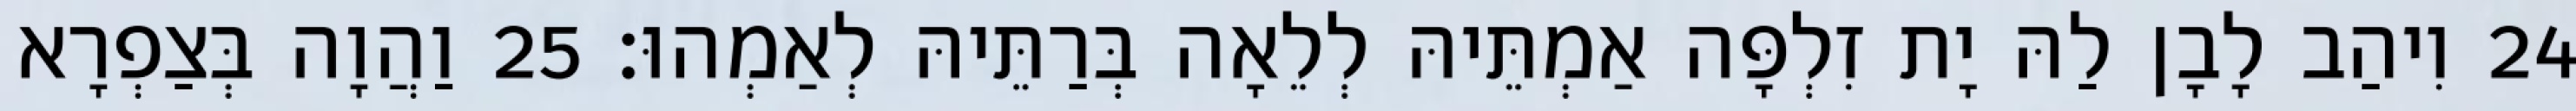
24 וִיהַב לָבָן לַהּ יָת זִלְפָּה אַמְתֵּיהּ לְלֵאָה בְּרַתֵּיהּ לְאַמְהוּ׃ 25 וַהֲוָה בְּצַפְרָא